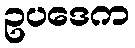
ဥပဒေက